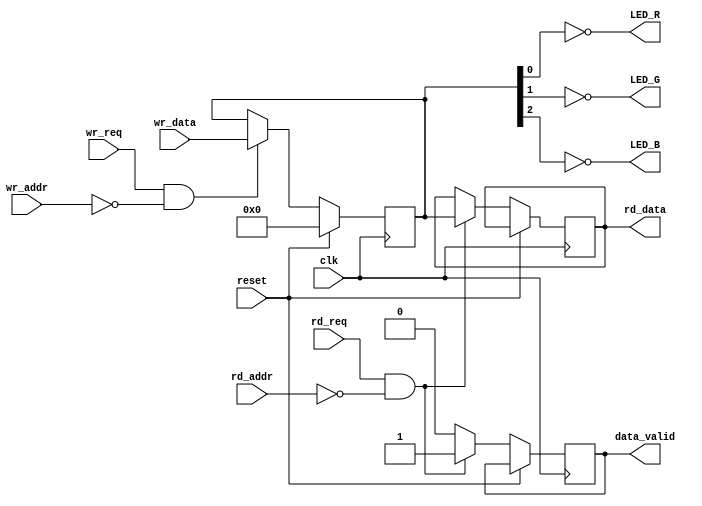
// This program was cloned from: https://github.com/damdoy/ice40_ultraplus_examples
// License: Mozilla Public License 2.0

/*registers:
   0x0 LEDS (first 3 bits)
*/

module gpio_mm(input wire clk, input wire reset,
      output wire LED_R, output wire LED_G, output wire LED_B,
      input wire rd_req, input wire [31:0] rd_addr, output reg [31:0] rd_data, output reg data_valid,
      input wire wr_req, input wire [31:0] wr_addr, input wire [31:0] wr_data
   );

   reg[31:0] gpio_reg;

   assign LED_R = ~gpio_reg[0];
   assign LED_G = ~gpio_reg[1];
   assign LED_B = ~gpio_reg[2];

   initial begin
      gpio_reg = 0;
   end

   always @(posedge clk)
   begin
      if(reset == 1) begin
         gpio_reg <= 0;
      end else begin
         //defaults
         data_valid <= 0;

         if(rd_req == 1 && rd_addr == 0) begin
            rd_data <= gpio_reg;
            data_valid <= 1;
         end

         if(wr_req == 1 && wr_addr == 0) begin
            gpio_reg <= wr_data;
         end
      end
   end
endmodule